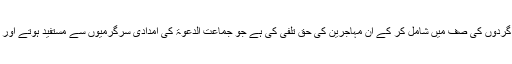
امریکہ نے جماعت الدعوۃ کودہشت گردوں کی صف میں شامل کر کے ان مہاجرین کی حق تلفی کی ہے جو جماعت الدعوۃ کی امدادی سرگرمیوں سے مستفید ہوتے اور احساس محرومی سے محفوظ رہتے۔